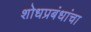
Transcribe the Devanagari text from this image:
शोधप्रबंधांचा